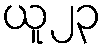
ယူ၂၃